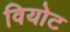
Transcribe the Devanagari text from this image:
वियोट